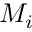
M _ { i }